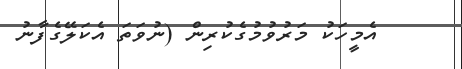
އެމީހަކު މަރުވުމުގެކުރިން (ނުވަތަ އެކަލޭގެފާނު